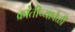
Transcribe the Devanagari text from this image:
क्रांतीच्यावेळी